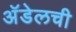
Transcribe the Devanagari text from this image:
अॅडेलची